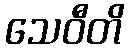
သေဝီတိ